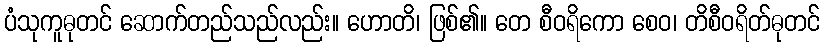
ပံသုကူဓုတင် ဆောက်တည်သည်လည်း။ ဟောတိ၊ ဖြစ်၏။ တေ စီဝရိကော စေဝ၊ တိစီဝရိတ်ဓုတင်